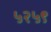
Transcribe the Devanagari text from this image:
५२५९